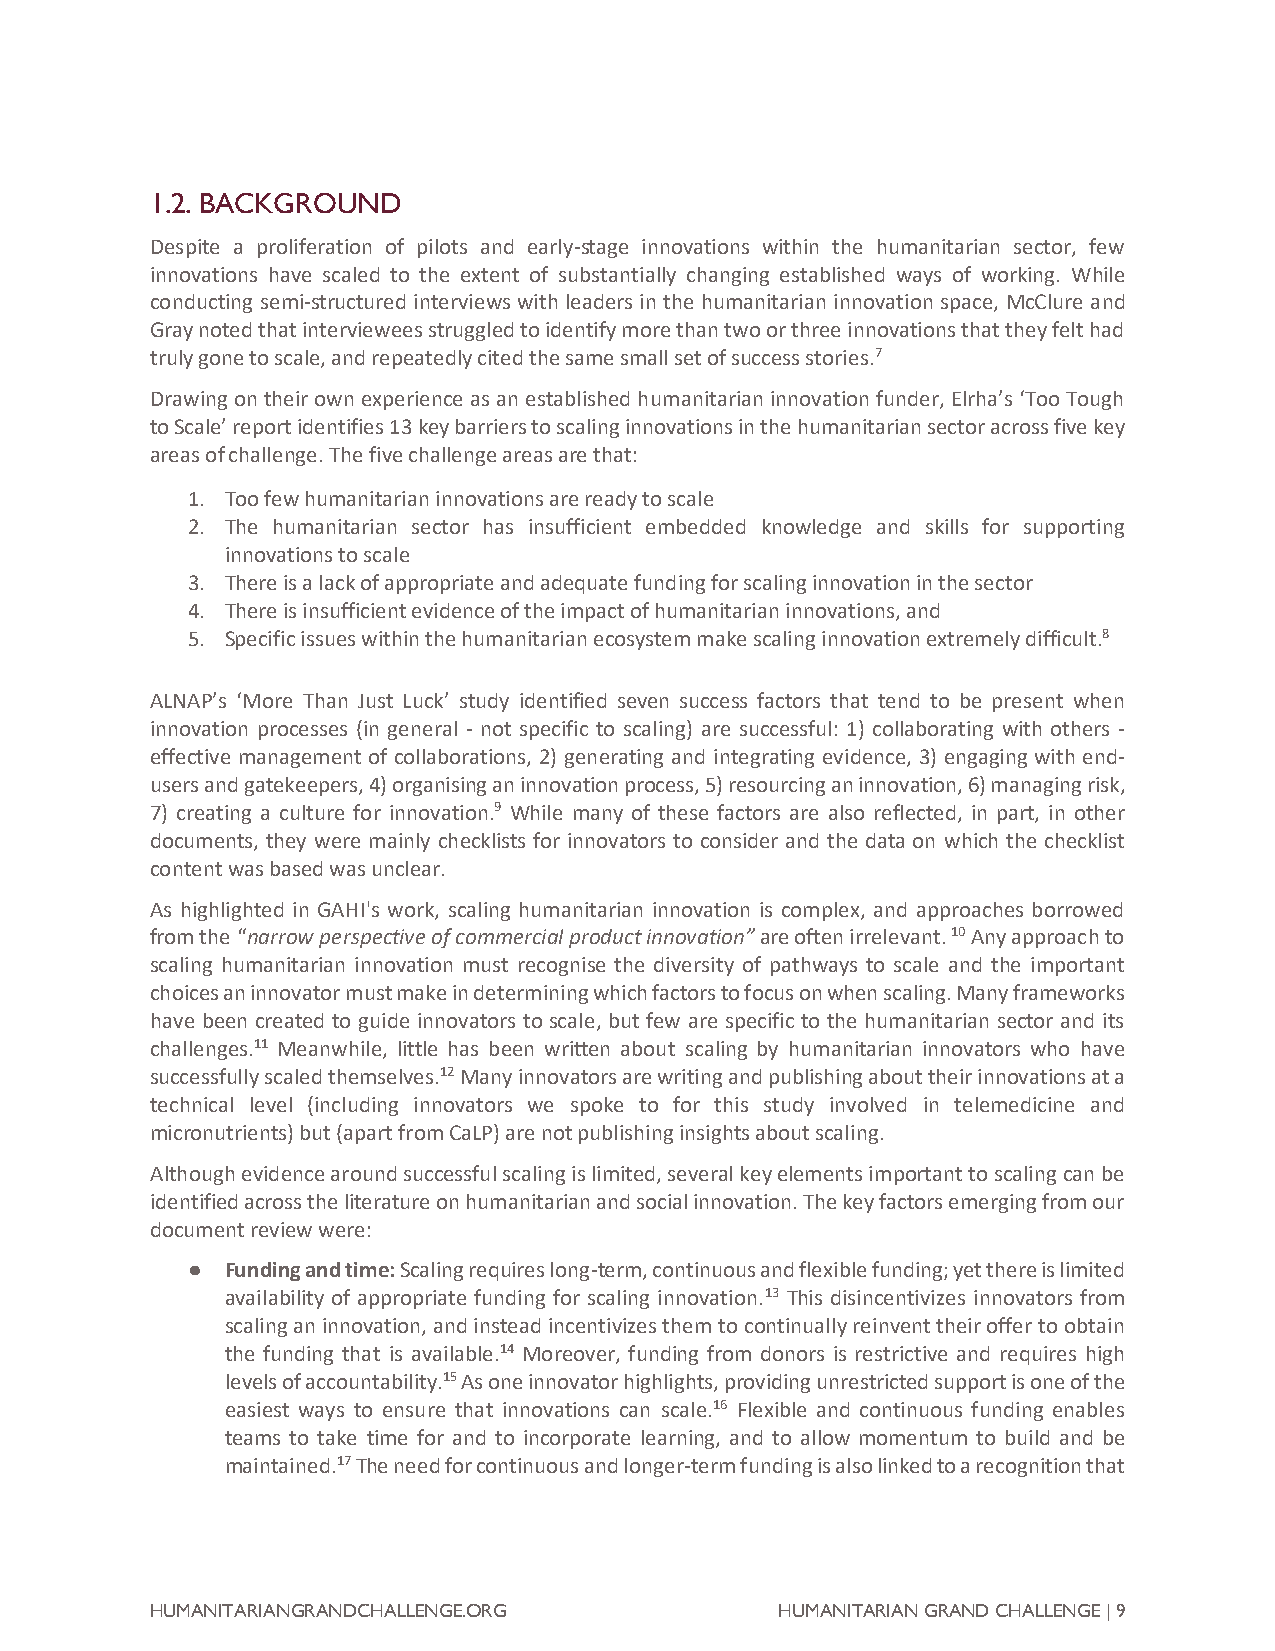
1.2. BACKGROUND
 Despite a proliferation of pilots and early-stage innovations within the humanitarian sector, few
 innovations have scaled to the extent of substantially changing established ways of working. While
 conducting semi-structured interviews with leaders in the humanitarian innovation space, McClure and
 Gray noted that interviewees struggled to identify more than two or three innovations that they felt had
 truly gone to scale, and repeatedly cited the same small set of success stories.7
 Drawing on their own experience as an established humanitarian innovation funder, Elrha’s ‘Too Tough
 to Scale’ report identifies 13 key barriers to scaling innovations in the humanitarian sector across five key
 areas of challenge. The five challenge areas are that:
 1. Too few humanitarian innovations are ready to scale
 2. The humanitarian sector has insufficient embedded knowledge and skills for supporting
 innovations to scale
 3. There is a lack of appropriate and adequate funding for scaling innovation in the sector
 4. There is insufficient evidence of the impact of humanitarian innovations, and
 5. Specific issues within the humanitarian ecosystem make scaling innovation extremely difficult.8
 ALNAP’s ‘More Than Just Luck’ study identified seven success factors that tend to be present when
 innovation processes (in general - not specific to scaling) are successful: 1) collaborating with others -
 effective management of collaborations, 2) generating and integrating evidence, 3) engaging with end-
 users and gatekeepers, 4) organising an innovation process, 5) resourcing an innovation, 6) managing risk,
 7) creating a culture for innovation.9 While many of these factors are also reflected, in part, in other
 documents, they were mainly checklists for innovators to consider and the data on which the checklist
 content was based was unclear.
 As highlighted in GAHI's work, scaling humanitarian innovation is complex, and approaches borrowed
 from the “narrow perspective of commercial product innovation” are often irrelevant. 10 Any approach to
 scaling humanitarian innovation must recognise the diversity of pathways to scale and the important
 choices an innovator must make in determining which factors to focus on when scaling. Many frameworks
 have been created to guide innovators to scale, but few are specific to the humanitarian sector and its
 challenges.11 Meanwhile, little has been written about scaling by humanitarian innovators who have
 successfully scaled themselves.12 Many innovators are writing and publishing about their innovations at a
 technical level (including innovators we spoke to for this study involved in telemedicine and
 micronutrients) but (apart from CaLP) are not publishing insights about scaling.
 Although evidence around successful scaling is limited, several key elements important to scaling can be
 identified across the literature on humanitarian and social innovation. The key factors emerging from our
 document review were:
 ●  Funding and time: Scaling requires long-term, continuous and flexible funding; yet there is limited
 availability of appropriate funding for scaling innovation.13 This disincentivizes innovators from
 scaling an innovation, and instead incentivizes them to continually reinvent their offer to obtain
 the funding that is available.14 Moreover, funding from donors is restrictive and requires high
 levels of accountability.15 As one innovator highlights, providing unrestricted support is one of the
 easiest ways to ensure that innovations can scale.16 Flexible and continuous funding enables
 teams to take time for and to incorporate learning, and to allow momentum to build and be
 maintained.17 The need for continuous and longer-term funding is also linked to a recognition that
 HUMANITARIANGRANDCHALLENGE.ORG            HUMANITARIAN GRAND CHALLENGE | 9